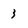
Character: 3